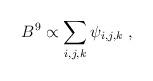
LaTeX: \begin{align*}B^{9} \propto \sum_{i,j,k} \psi_{i,j,k} \;,\end{align*}